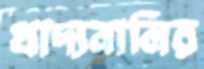
খাদ্যনালির